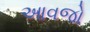
આવજો